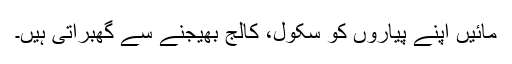
مائیں اپنے پیاروں کو سکول، کالج بھیجنے سے گھبراتی ہیں۔